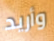
وأريد